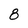
Character: 8